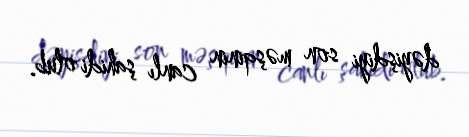
dəyişdiyi son məşqinin canlı şahidi olub.